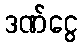
ဒဏ်ငွေ